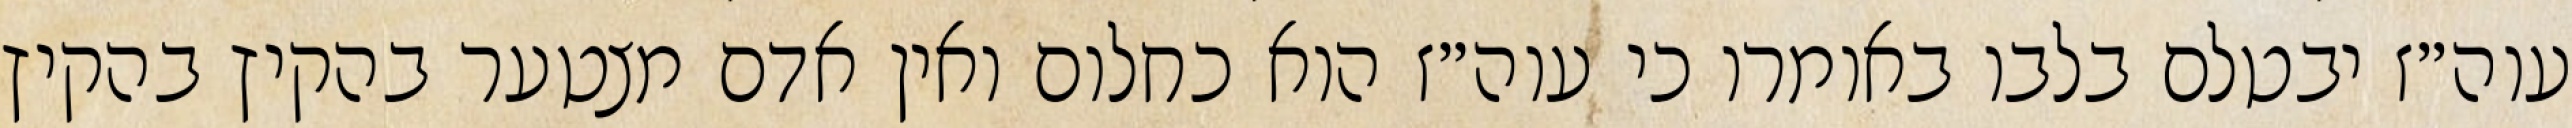
עוה״ז יבטלם בלבו באומרו כי עוה״ז הוא כחלום ואין אדם מצטער בהקיץ בהקיץ